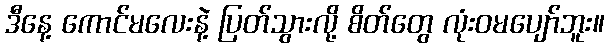
ဒီနေ့ ကောင်မလေးနဲ့ ပြတ်သွားလို့ စိတ်တွေ လုံးဝမပျော်ဘူး။